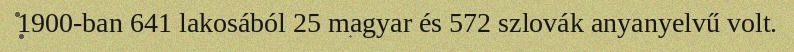
1900-ban 641 lakosából 25 magyar és 572 szlovák anyanyelvű volt.